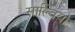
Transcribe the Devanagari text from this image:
साल्वियो